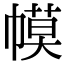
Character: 幙